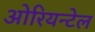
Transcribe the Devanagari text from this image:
ओरियन्टेल